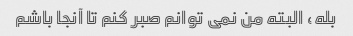
بله، البته من نمی توانم صبر کنم تا آنجا باشم